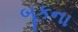
બૂકના